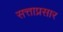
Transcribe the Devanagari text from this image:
सत्ताप्रसार